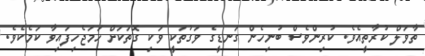
ތާވަލް ކުރާތީއެވެ. ކުރިންވެސް ބުނިހެން ގަނޑީގެ ވަގުތަކީ ވަކި ގޮތަަކަށް ހަމަޖެހިފައިވާ ކަމެކެވެ.